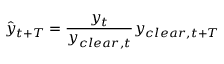
\hat { y } _ { t + T } = \frac { y _ { t } } { y _ { c l e a r , t } } y _ { c l e a r , t + T }